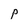
Character: p